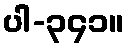
ပါ-၃၄၁။